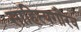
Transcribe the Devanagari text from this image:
साहित्यगौरव